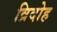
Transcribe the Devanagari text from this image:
व्रिदोह